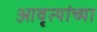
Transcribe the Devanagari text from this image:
आवृत्यांच्या